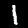
Label: 1